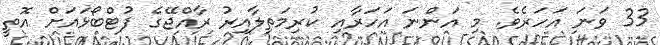
33 ވަނަ އަހަރެވެ. މި އަންނަ އަހަރާއި ކުރިމަތިލާއިރު ރާއްޖޭގެ ފުޓްބޯޅައަށް އޮތީ